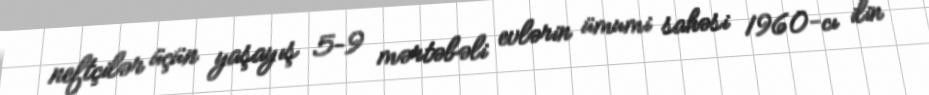
neftçilər üçün yaşayış 5–9 mərtəbəli evlərin ümumi sahəsi 1960-cı ilin